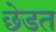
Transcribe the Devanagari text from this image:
छेडत